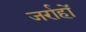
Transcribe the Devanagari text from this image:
जर्राहों